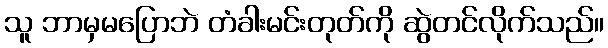
သူ ဘာမှမပြောဘဲ တံခါးမင်းတုတ်ကို ဆွဲတင်လိုက်သည်။